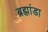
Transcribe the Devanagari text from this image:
ब्रह्मांडा